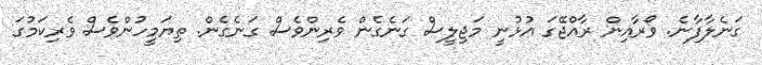
ގަނެލާފާނެ. ވޯރާއިން ރާއްޖޭގަ އުޅުނީ މަޖިލީސް ގަނެގެން ވެރިންވެސް ގަނެގެން. ތިޔަމީހުންވެސް ވެރިކަމުގަ